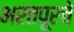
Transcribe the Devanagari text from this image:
भरतपूरचे